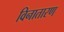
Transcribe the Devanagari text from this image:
विनातारण